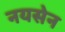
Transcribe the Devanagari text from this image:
नयसेन